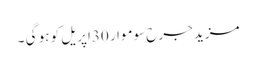
مزید جرح سوموار 30اپریل کو ہو گی ۔